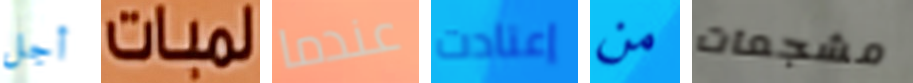
أجل لمبات عندما إعتادت من مشجعات